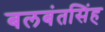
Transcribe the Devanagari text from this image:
बलबंतसिंह